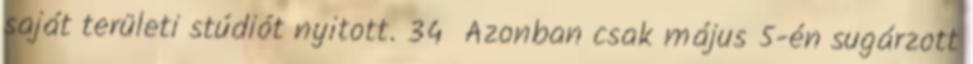
saját területi stúdiót nyitott. 34 Azonban csak május 5-én sugárzott